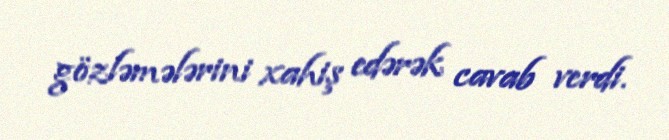
gözləmələrini xahiş edərək cavab verdi.